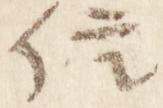
信